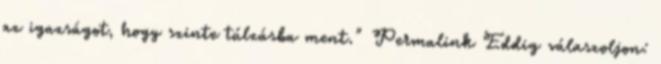
az igazságot, hogy szinte túlzásba ment." Permalink Eddig válaszoljon: